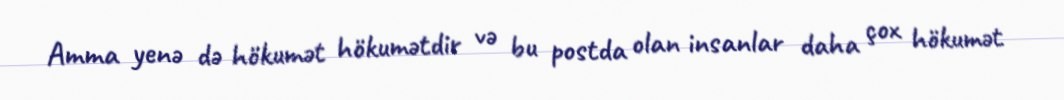
Amma yenə də hökumət hökumətdir və bu postda olan insanlar daha çox hökumət